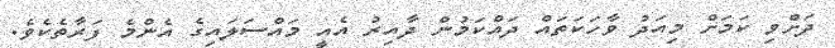
ދަށްވި ކަމަށް މިއަދު ވާހަކަތައް ދައްކަމުން ދާއިރު އެއީ މައްސަލައިގެ އެންމެ ފަރާތެކެވެ.